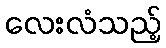
လေးလံသည့်